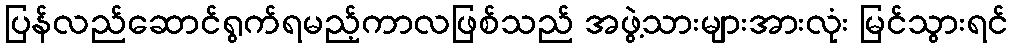
ပြန်လည်ဆောင်ရွက်ရမည့်ကာလဖြစ်သည် အဖွဲ့သားများအားလုံး မြင်သွားရင်